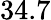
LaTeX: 34.7